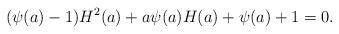
LaTeX: \begin{align*}(\psi(a)-1)H^2(a)+a\psi(a)H(a)+\psi(a)+1=0.\end{align*}